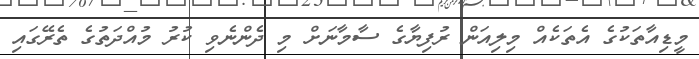
މީޑިއާތަކުގެ އެތަކެއް މިލިއަން ރުފިޔާގެ ސާމާނަށް މި ދެންނެވި ކުރު މުއްދަތުގެ ތެރޭގައި